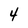
Character: 4